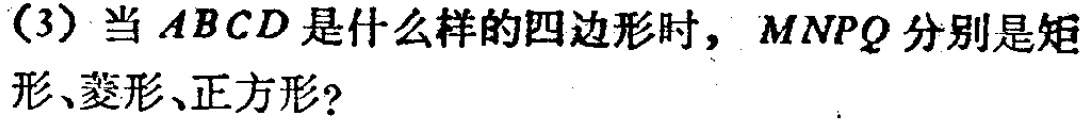
(3) 当 \(ABCD\) 是什么样的四边形时，\(MNPQ\) 分别是矩形、菱形、正方形?